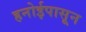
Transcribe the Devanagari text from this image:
हनोईपासून